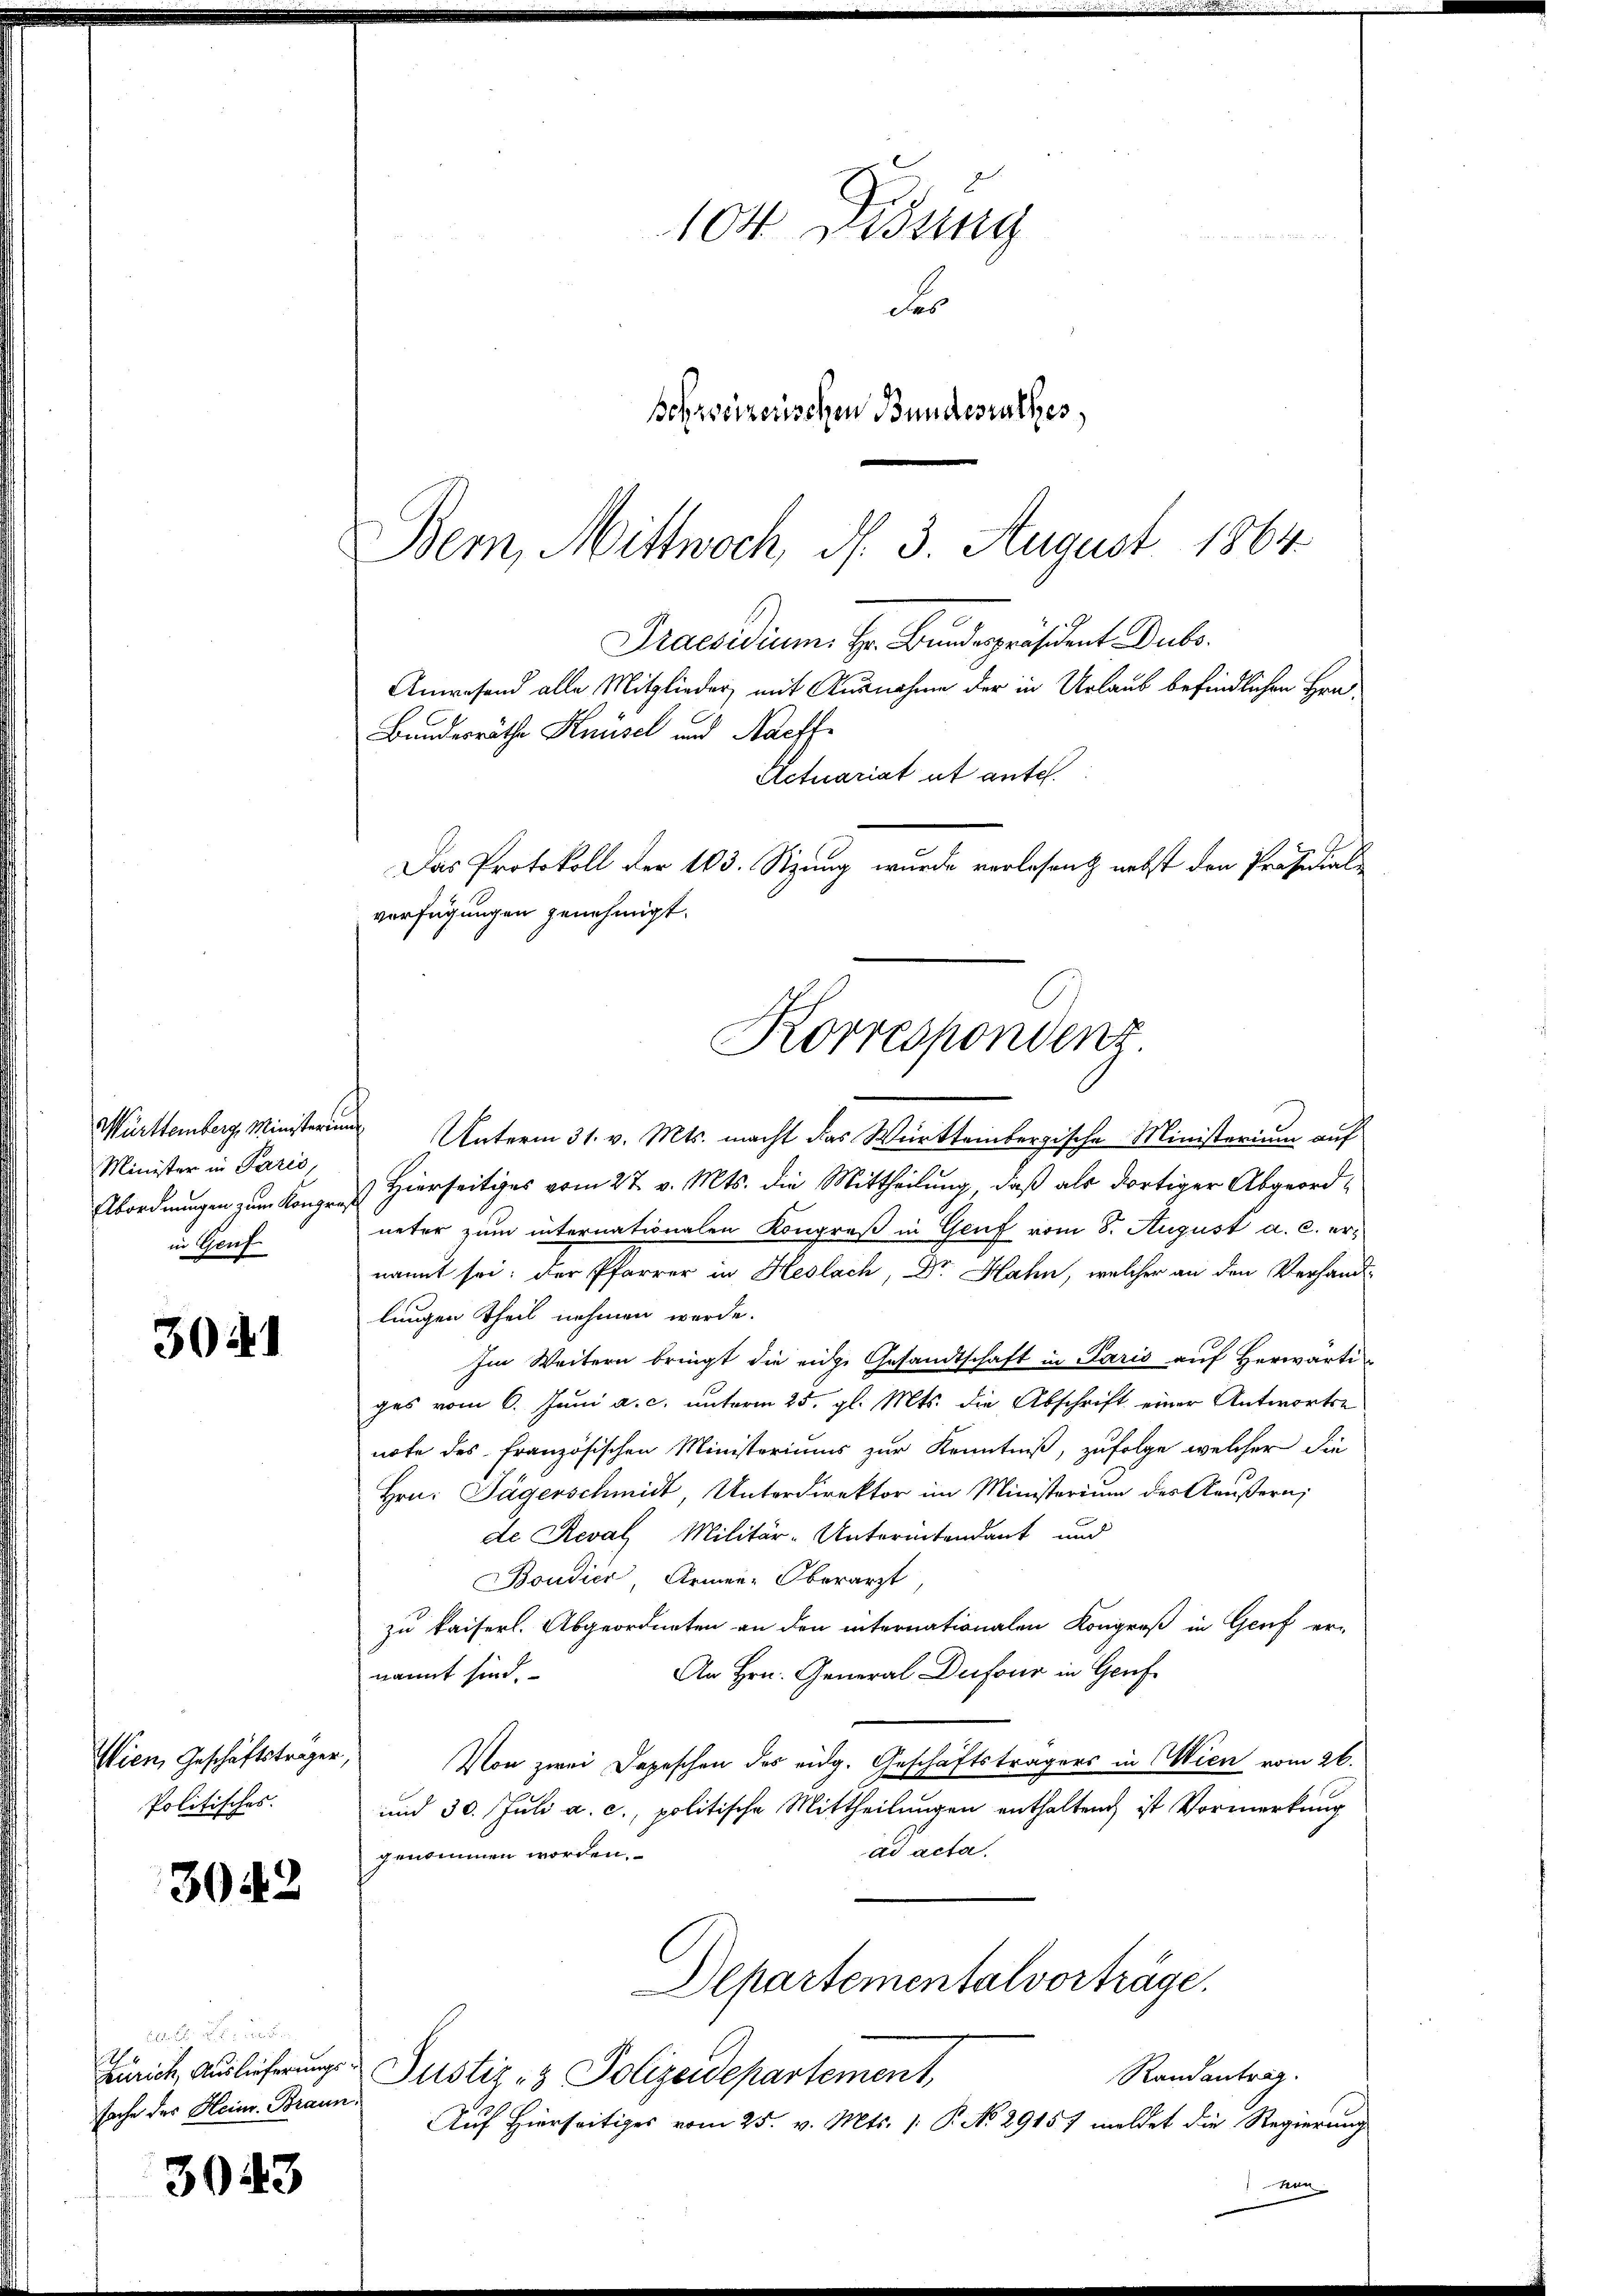
Württemberg, Ministerium
Minister in Paris,
Abordnungen zum Kongre
in Genf

3041

Wien, Geschäftsträger,
Politisches.

3042

ges Bunde
sache der Heinr. Braun.

3043

104 Disung
Ses
schweizerischen Bundesrathes,

Korrespondenz

Bern, Mittwoch, d. 3. August 1864.
Praesidium. Hr. Bundespräsident Dubs.
Anwesend alle Mitglieder mit Ausnahme der in Urlaub befindlichen Hrn.
Bandesräthe Knüsel und Nachf
Actuariat et ante
Das Protokoll der 103. Sizung wurde vorlesen nebst den Präsidial
verfügungen genehmigt.

Unterm 31. v. Mts. macht das Württembergische Ministerium auf
) Hierseitiges vom 27. v. Mts. die Mittheilung, daß als dortiger Abgeordneter zum internationalen Kongreß in Genf vom 8. August a. c. ernannt sei; der Pfarrer in Heslach, Dr. Hahn, welcher an den Verhand-
lungen Theil nehmen werde.
Im Weitern bringt die eige Gesandtschaft in Paris auf Herwärtiges vom 6. Juni a. c. unterm 25. gl. Mts. die Abschrift einer Antwortse
note des französischen Ministeriums zur Kenntniß, zufolge welcher die
Hrn. Jägerschmidt, Unterdirektor im Ministerium des Aeußern;
de Reval Militär-Unterintendant und
Boudier Armen-Oberarzt
zu kaiserl. Abgeordneten an den internationalen Kongroß in Genf er-
An Hrn. General Dufour in Genf
nannt sind.
Von zwei Depeschen des eidg. Geschäftsträgers in Wien vom 26.
und 30. Juli a. c., politische Mittheilungen enthaltend ist Vormerkung
ad acta.
genommen worden.
Departementalvorträge.
prich, Auslieferungs-Justiz- & Polizeidepartement,
Randantrag.
Auf Hierseitiges vom 25. v. Mts. /: P. No 29157 meldet die Regierung
Men